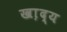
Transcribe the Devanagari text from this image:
खा़द्य